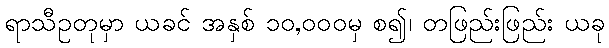
ရာသီဥတုမှာ ယခင် အနှစ် ၁၀,၀၀၀မှ စ၍၊ တဖြည်းဖြည်း ယခု